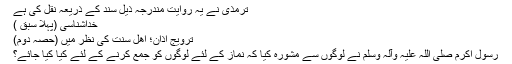
ترمذی نے یہ روایت مندرجہ ذیل سند كے ذریعہ نقل كی ہے
خداشناسی (پہلا سبق )
ترویج اذان؛ اھل سنت كی نظر میں (حصّہ دوّم)
رسول اكرم صلی اللہ علیہ وآلہ وسلم نے لوگوں سے مشورہ كیا كہ نماز كے لئے لوگوں كو جمع كرنے كے لئے كیا كیا جائے؟